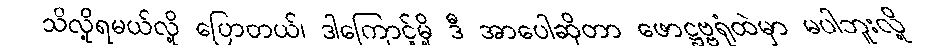
သိလို့ရမယ်လို့ ပြောတယ်၊ ဒါကြောင့်မို့ ဒီ အာပေါဆိုတာ ဖောဋ္ဌဗ္ဗရုံထဲမှာ မပါဘူးလို့